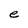
Character: e